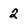
Character: 2